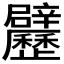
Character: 𲅉